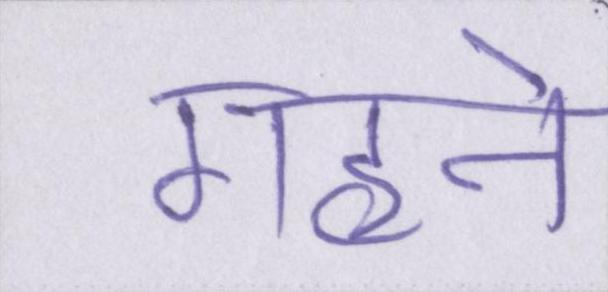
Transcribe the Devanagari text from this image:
गहने